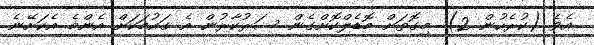
އެވެ (ކުރެހުން 2). މިގޮތަށް މޮޑެލްކޮށްގެން ސަރުކާރުން އެ ގައުމަކަށް އެންމެ އެކަށޭނެ